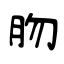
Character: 肳